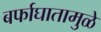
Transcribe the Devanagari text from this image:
बर्फाघातामुळे